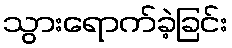
သွားရောက်ခဲ့ခြင်း